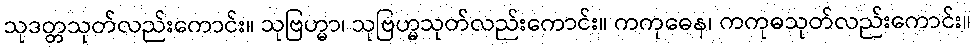
သုဒတ္တသုတ်လည်းကောင်း။ သုဗြဟ္မာ၊ သုဗြဟ္မသုတ်လည်းကောင်း။ ကကုဓေန၊ ကကုဓသုတ်လည်းကောင်း။